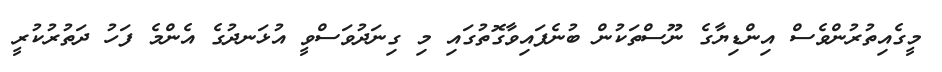
މީގެއިތުރުންވެސް އިންޑިޔާގެ ނޫސްތަކުން ބުނެފައިވާގޮތުގައި މި ގިނަދުވަސްވީ އުޅަނދުގެ އެންމެ ފަހު ދަތުރުކުރީ